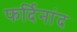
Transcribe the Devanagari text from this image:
फर्दिनांद